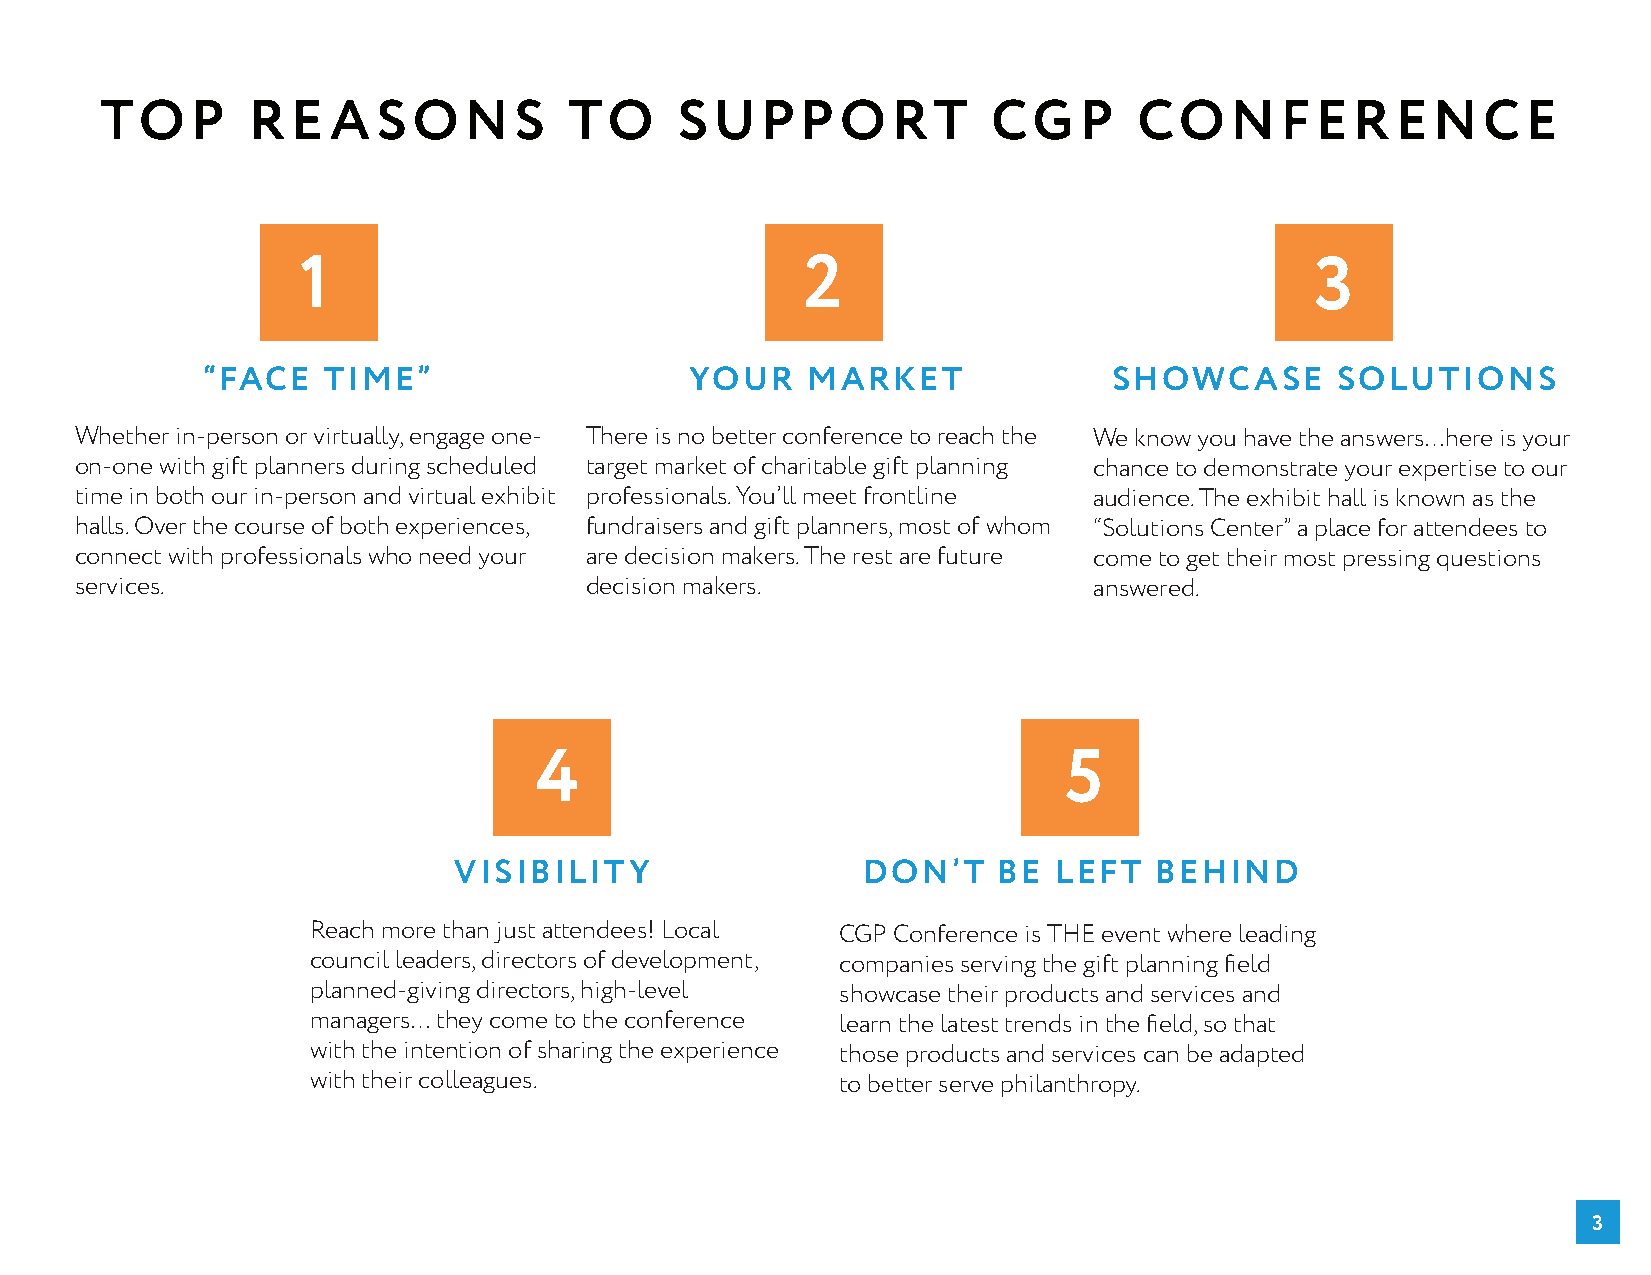
TOP      RE    ASONS           TO     SUPPORT              CGP      CONFERENCE
 1                                2                                 3
 “FACE   TIME”                    YOUR   MARKET               SHOWCASE       SOLUTIONS
 Whether in-person or virtually, engage one- There is no better conference to reach the We know you have the answers…here is your
 on-one with gift planners during scheduled target market of charitable gift planning chance to demonstrate your expertise to our
 time in both our in-person and virtual exhibit professionals. You’ll meet frontline audience. The exhibit hall is known as the
 halls. Over the course of both experiences, fundraisers and gift planners, most of whom “Solutions Center” a place for attendees to
 connect with professionals who need your are decision makers. The rest are future come to get their most pressing questions
 services.                         decision makers.                 answered.
 4                                  5
 VISIBILITY                 DON’T    BE  LEFT  BEHIND
 Reach more than just attendees! Local CGP Conference is THE event where leading
 council leaders, directors of development, companies serving the gift planning field
 planned-giving directors, high-level showcase their products and services and
 managers… they come to the conference learn the latest trends in the field, so that
 with the intention of sharing the experience those products and services can be adapted
 with their colleagues.             to better serve philanthropy.
 3